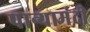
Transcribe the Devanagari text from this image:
पान्यामंदी